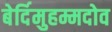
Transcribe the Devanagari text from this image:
बेर्दिमुहम्मदोव